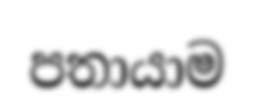
පතායාම